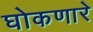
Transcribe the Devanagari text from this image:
घोकणारे